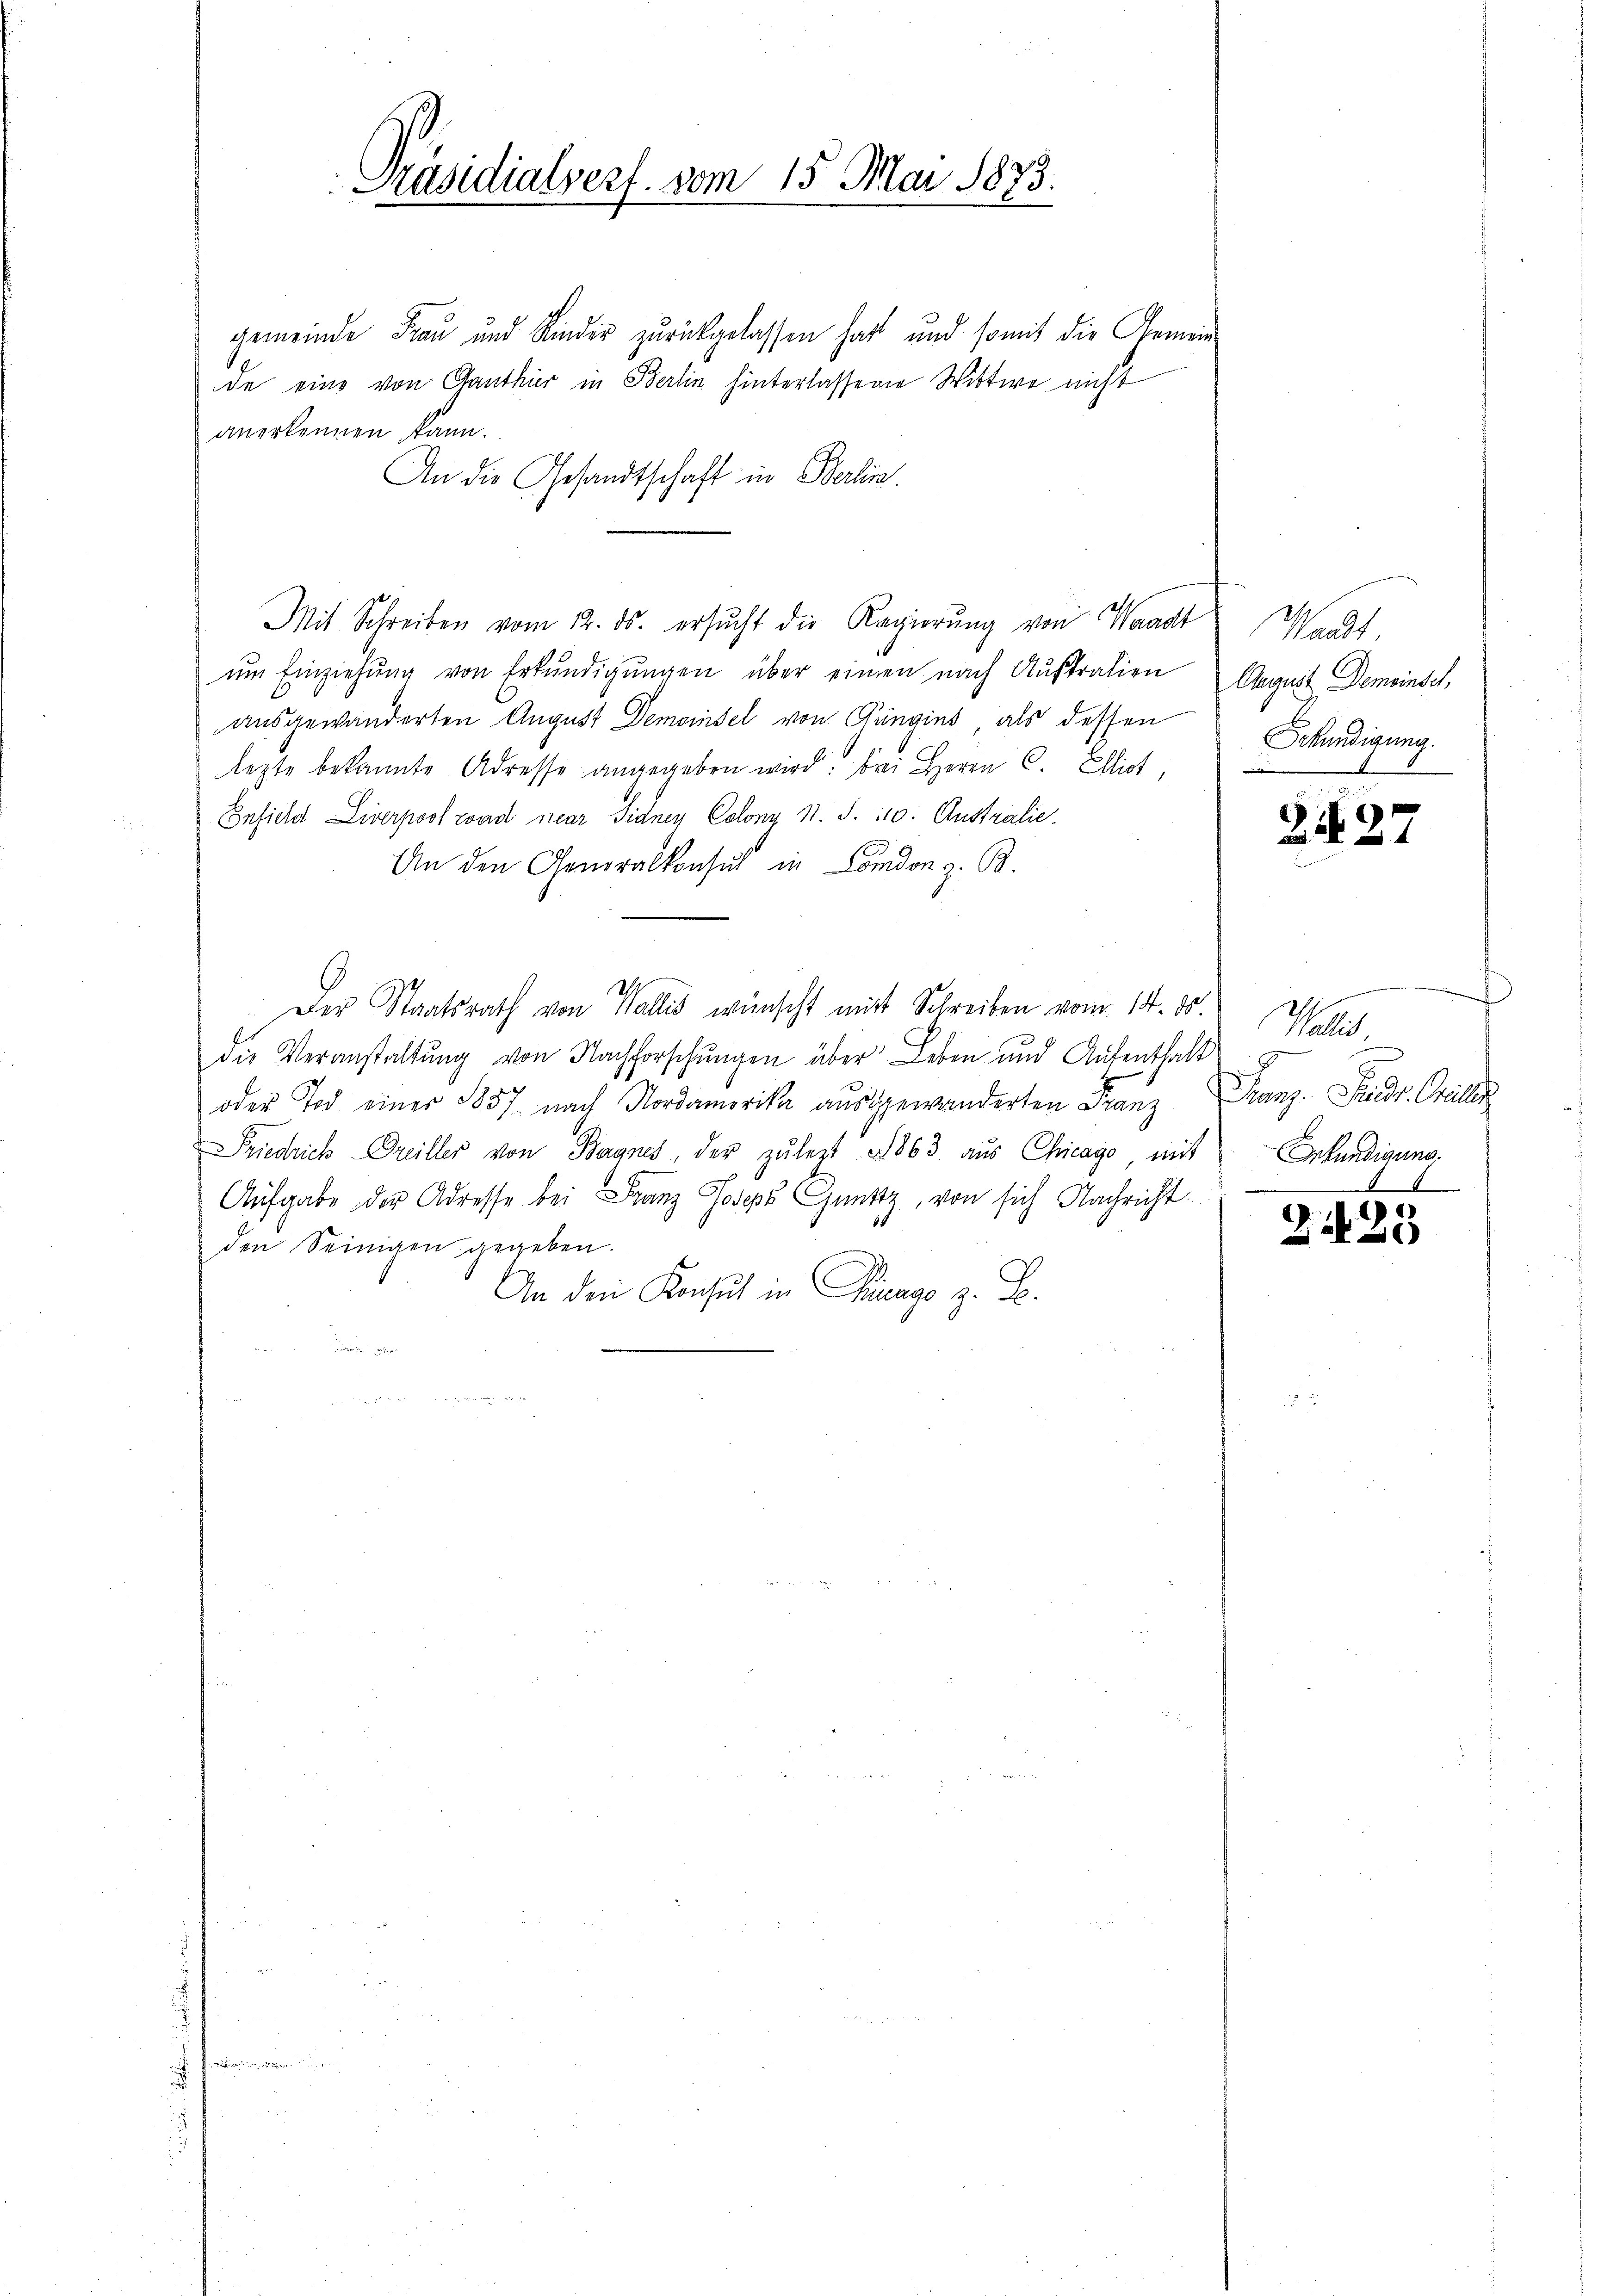
gemeinde Frau und Kinder zurückgelassen hatt und somit die Gemein
de eine von Ganthier in Berlin hinterlassene Wittwe nicht
anerkennen kann.
An die Gesandtschaft in Berlin.
ŭm Einziehŭng von Erkŭndigŭngen über einen nach Australien
ausgewanderten August Demoinsel von Güngins als dessen
lezte bekannte Adresse angegeben wird. Bei Herrn C. Ellist,
Ensich Liverpool wird nur Sidnen Colong N. S. 110. Australie
An den Generalkonsul in London z. B.
Der Staatsrath von Wallis wünscht mit Schreiben vom 14. ds.
die Veranstaltung von Nachforschungen über Leben und Aufenthalt
oder Tod einer 1857 nach Nordamerika ausgewanderten Franz
Friedrich Greiller von Bagnes, der zŭ lezt 1863 aŭs Chicago, mit kundigung
Aufgabe der Adresse bei Franz Joseph Gnnttz, von sich Nachricht
den Seinigen gegeben.
An den Konsul in Parago z. B.
w

t

Präsidialsest. vom 15. Mai 1873.
t

60

Mit Schreiben vom 12. ds. ersŭcht die Regierŭng von Waadt

Waadt
August Demoinsch,
Erkundigung.

Z.127

7
Wallis,
Franz. Friedr. Grillen

2125